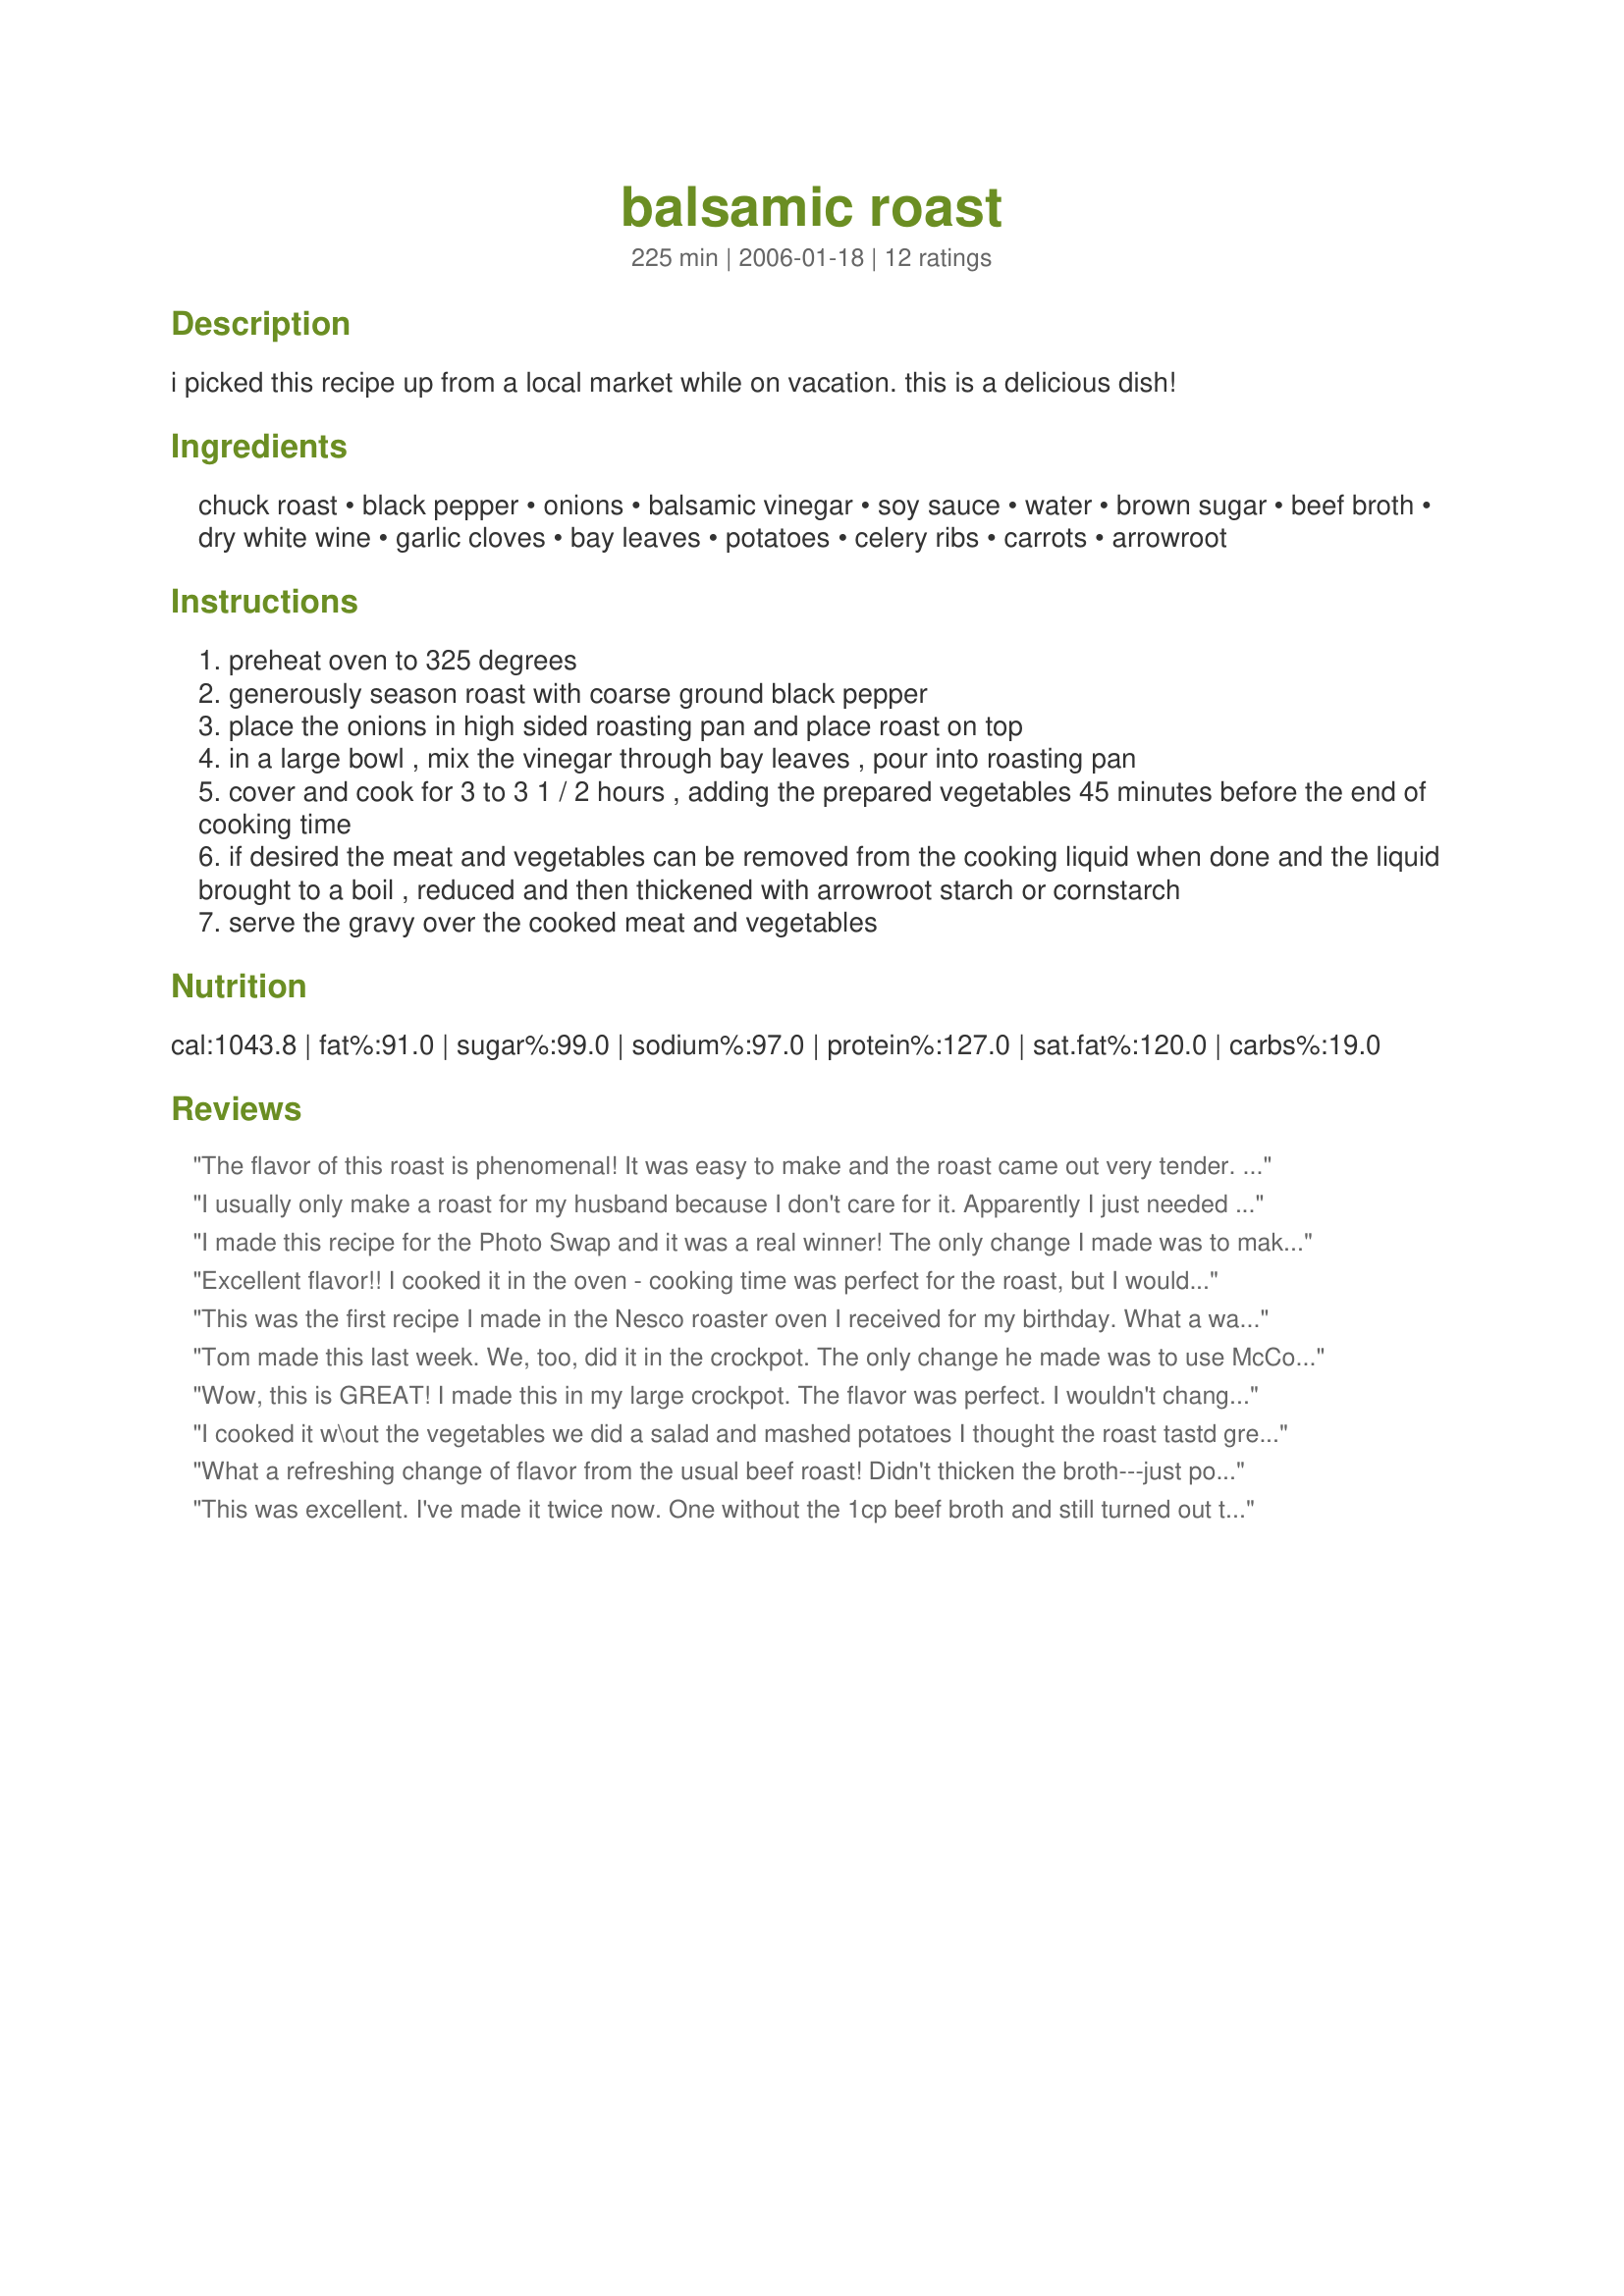
balsamic roast
Preparation time: 225 minutes

i picked this recipe up from a local market while on vacation. this is a delicious dish!

Ingredients:
chuck roast, black pepper, onions, balsamic vinegar, soy sauce, water, brown sugar, beef broth, dry white wine, garlic cloves, bay leaves, potatoes, celery ribs, carrots, arrowroot

Steps:
preheat oven to 325 degrees
generously season roast with coarse ground black pepper
place the onions in high sided roasting pan and place roast on top
in a large bowl , mix the vinegar through bay leaves , pour into roasting pan
cover and cook for 3 to 3 1 / 2 hours , adding the prepared vegetables 45 minutes before the end of cooking time
if desired the meat and vegetables can be removed from the cooking liquid when done and the liquid brought to a boil , reduced and then thickened with arrowroot starch or cornstarch
serve the gravy over the cooked meat and vegetables

Reviews:
The flavor of this roast is phenomenal! It was easy to make and the roast came out very tender. Next time, I might just do the roast without adding the potatoes, carrots, and celery since mine were still a little hard. Thanks so much for postng this keeper!!!
I usually only make a roast for my husband because I don't care for it. Apparently I just needed the right recipe, and this one is it!
I made this recipe for the Photo Swap and it was a real winner! The only change I made was to make it in the crockpot instead of the oven. I put it in at 9:00 am on low and then went off to school. At 2:00, I asked my father in law (who was babysitting my son) to toss in the veggies and turn it down to low. When I got home, the house smelled wonderful and shortly after we were sitting down to a great dinner. Thanks for posting this, we all enjoyed it! oh and I only added about 3/4 cup of the vinegar because that's how much was left in the bottle, :)
Excellent flavor!! I cooked it in the oven - cooking time was perfect for the roast, but I would increase the time for the veggies a little bit. We served the leftover meat on mashed potatoes - yummy! Next time I will be making this in the crockpot. Thanks for a delicious pot roast!
This was the first recipe I made in the Nesco roaster oven I received for my birthday. What a way to break it in. Delicious! 
Love the sauce and vegetables and the meat was so tender and flavorful. I skipped the wine, because in Arizona you can't buy alcohol before 10 am. I love early morning grocery shopping. This was fantastic and delicious and I think it would be a great family pleaser.
Tom made this last week. We, too, did it in the crockpot. The only change he made was to use McCormick's Montreal seasoning instead of pepper... I think that may have been a mistake though because it was entirely too spicy for the kids (although they were cool with the meat, the veggies soaked it up)... anyway, a great change of pace from the normal roast we make!
Wow, this is GREAT! I made this in my large crockpot. The flavor was perfect. I wouldn't change a thing. Thanx for posting this; it's a keeper for sure!
I cooked it w\out the vegetables we did a salad and mashed potatoes I thought the roast tastd great my girlfriend who is kind of a bland eater thought it had way to much flavor. but i thought it was great i decided not to do the veggies with it because the sauce was so strong i think it would overpower them. i will defenately cook again probably with some variation.
What a refreshing change of flavor from the usual beef roast! Didn't thicken the broth---just poured it over the shredded beef and served. Definitely freezing the remaining delicious broth. Also saved a piece of beef to try on sandwiches. Very happy to have discovered this different twist on roast beef!
This was excellent. I've made it twice now. One without the 1cp beef broth and still turned out the most delicous dish I've made lately.
I have made this roast several times now and everytime I think it gets better. A few people I cook for are what I consider picky eaters but this recipe seems to please everyone. Thanks so much for posting it. This has become a staple for me.
My Family and Friends loved the tangy broth. The balsamic vinegar has a wonderful smell as it cooks. It was a wonderful change from the onion soup variety. I used the Montreal Steak spices instead of the black pepper which added a little zip. Thank you. I will definitely cook this again.
